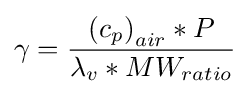
\gamma ={\frac {\left(c_{p}\right)_{air}*P}{\lambda _{v}*MW_{ratio}}}